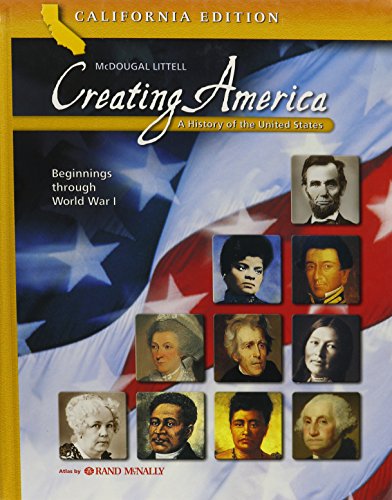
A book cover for Creating America - California Student Edition: A History of the United States (Beginnings through World War l); MCDOUGAL LITTEL; Children's Books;